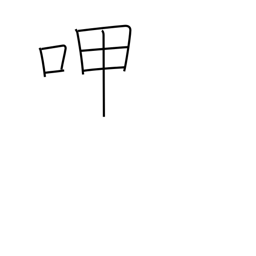
Meaning: sip